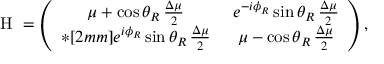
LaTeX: \mathrm { \boldmath ~ H ~ } = \left( \begin{array} { c c } { { \mu + \cos { \theta _ { R } } \, \frac { \Delta \mu } { 2 } \ } } & { { e ^ { - i \phi _ { R } } \sin { \theta _ { R } } \, \frac { \Delta \mu } { 2 } } } \\ { { * [ 2 m m ] e ^ { i \phi _ { R } } \sin { \theta _ { R } } \, \frac { \Delta \mu } { 2 } \ } } & { { \mu - \cos { \theta _ { R } } \, \frac { \Delta \mu } { 2 } } } \end{array} \right) ,